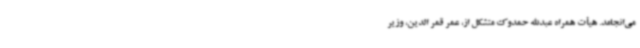
می‌انجامد. هیأت همراه عبدالله حمدوک متشکل از، عمر قمر الدین، وزیر